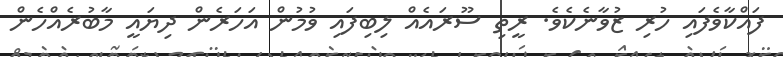
ފައްކާވެފައި ހުރި ޒުވާނެކެވެ. ރީތި ސޫރައެއް ލިބިފައި ވުމުން އަހަރެން ދިޔައީ މާބުރެއްހެން